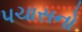
પચાસનો